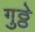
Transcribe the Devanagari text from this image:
गुठ्ठे